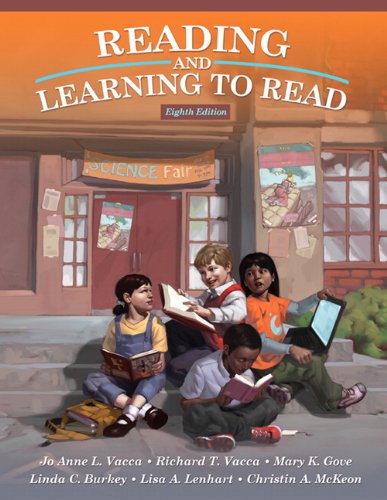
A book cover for Reading and Learning to Read (8th Edition); Jo Anne L. Vacca; Business & Money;